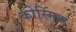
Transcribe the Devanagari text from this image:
कोस्मिक